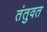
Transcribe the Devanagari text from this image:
तंतुवत